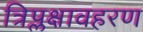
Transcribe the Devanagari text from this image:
त्रिप्लक्षावहरण